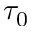
\tau _ { 0 }